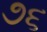
૭૬